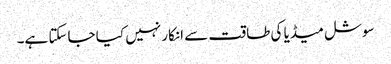
سوشل میڈیا کی طاقت سے انکار نہیں کیا جاسکتا ہے۔